Indian journal of veterinary science and animal husbandry - Volume 4,
Year: 1934
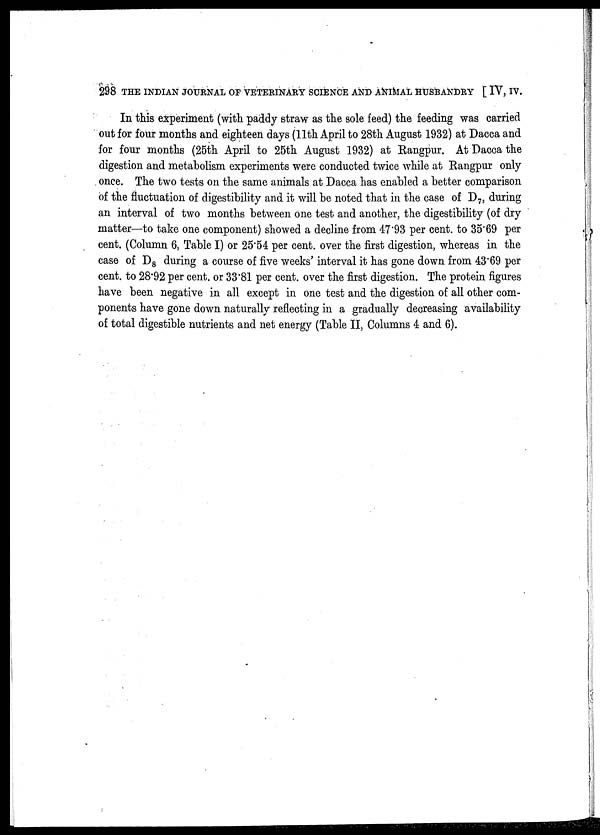
298 THE INDIAN JOURNAL OF VETERINARY SCIENCE AND ANIMAL HUSBANDRY [ IV, IV.
In this experiment (with paddy straw as the sole feed) the feeding was carried
out for four months and eighteen days (11th April to 28th August 1932) at Dacca and
for four months (25th April to 25th August 1932) at Rangpur. At Dacca the
digestion and metabolism experiments were conducted twice while at Rangpur only
once. The two tests on the same animals at Dacca has enabled a better comparison
of the fluctuation of digestibility and it will be noted that in the case of D 7 , during
an interval of two months between one test and another, the digestibility (of dry
matter—to take one component) showed a decline from 47.93 per cent. to 35.69 per
cent. (Column 6, Table I) or 25.54 per cent. over the first digestion, whereas in the
case of D 8 during a course of five weeks' interval it has gone down from 43.69 per
cent. to 28.92 per cent. or 33.81 per cent. over the first digestion. The protein figures
have been negative in all except in one test and the digestion of all other com-
ponents have gone down naturally reflecting in a gradually decreasing availability
of total digestible nutrients and net energy (Table II, Columns 4 and 6).